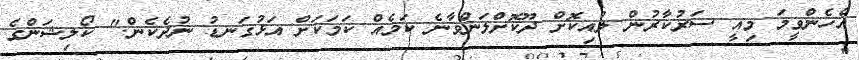
އެހެންވީމަ މިއީ ސަރުކާރުން ލުއިކޮށް ދޫކޮށްލަންވާނެ ކަމެއް ކަމަކަށް އަޅުގަނޑު ނުދެކެން." ކޯލިޝަންގެ